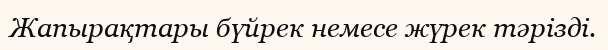
Жапырақтары бүйрек немесе жүрек тәрізді.